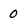
Character: 0